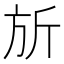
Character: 𪯲